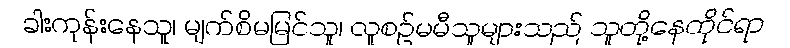
ခါးကုန်းနေသူ၊ မျက်စိမမြင်သူ၊ လူစဉ်မမီသူများသည် သူတို့နေထိုင်ရာ